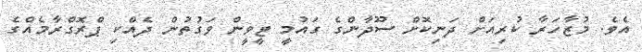
އެވެ. މުޒާހަރާ ކުރިއަށް ދަނިކޮށް ސޫދާންގެ ގައުމީ ޓީވީން ވަގުތުން ދެއްކި ޕްރޮގްރާމެއްގެ